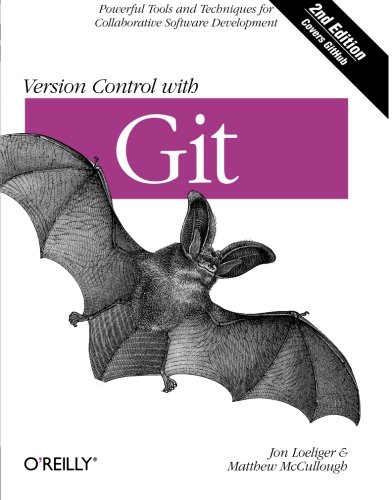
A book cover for Version Control with Git: Powerful tools and techniques for collaborative software development; Jon Loeliger; Computers & Technology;